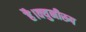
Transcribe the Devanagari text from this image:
है।क्युनीरूप